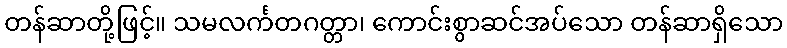
တန်ဆာတို့ဖြင့်။ သမလင်္ကတဂတ္တာ၊ ကောင်းစွာဆင်အပ်သော တန်ဆာရှိသော